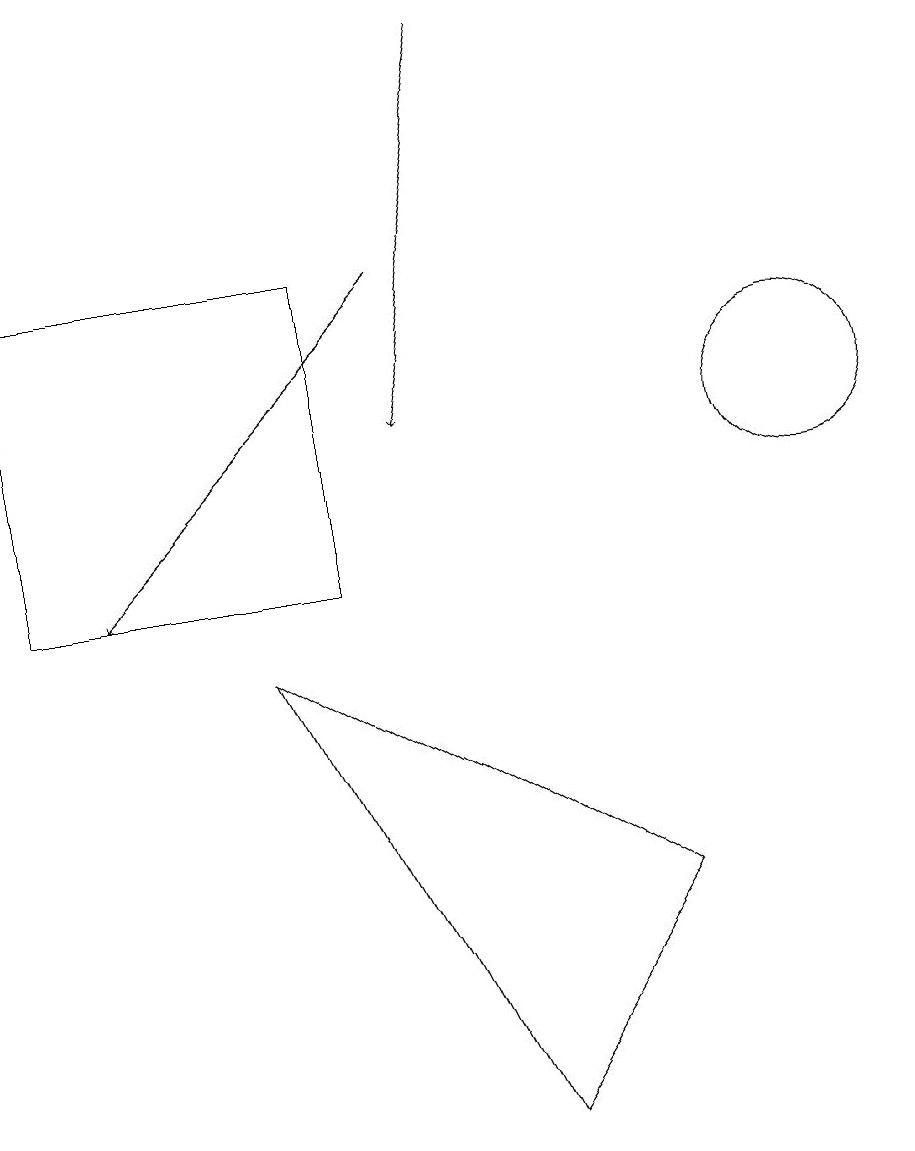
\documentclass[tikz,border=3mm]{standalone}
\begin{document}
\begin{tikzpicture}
\draw (5,14) rectangle (1,10);
\draw[->] (7,17) -- (6,12);
\draw[->] (6,14) -- (2,10);
\draw (11,12) circle (1);
\draw (9,6) -- (7,3) -- (4,9) -- cycle;
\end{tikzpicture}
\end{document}